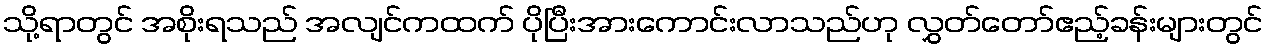
သို့ရာတွင် အစိုးရသည် အလျင်ကထက် ပိုပြီးအားကောင်းလာသည်ဟု လွှတ်တော်ဧည့်ခန်းများတွင်